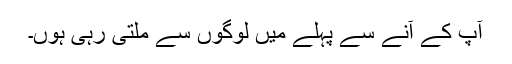
آپ کے آنے سے پہلے میں لوگوں سے ملتی رہی ہوں۔